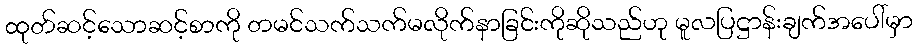
ထုတ်ဆင့်သောဆင့်စာကို တမင်သက်သက်မလိုက်နာခြင်းကိုဆိုသည်ဟု မူလပြဋ္ဌာန်းချက်အပေါ်မှာ